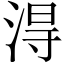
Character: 淂